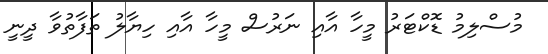
މުސްލިމު ޑޮކްޓަރު މީހާ އާއި ނަރުސް މީހާ އާއި ހިޔާލު ތަފާތުވާ ދީނީ